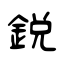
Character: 鋭